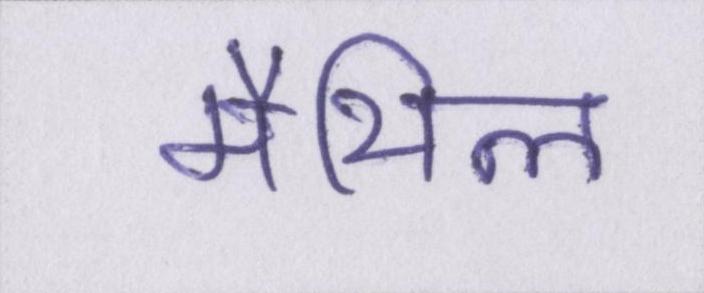
मैथिल